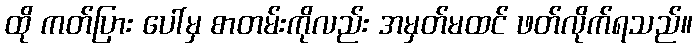
ထို ကတ်ပြား ပေါ်မှ စာတမ်းကိုလည်း အမှတ်မထင် ဖတ်လိုက်ရသည်။